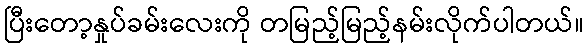
ပြီးတော့နှုပ်ခမ်းလေးကို တမြည့်မြည့်နမ်းလိုက်ပါတယ်။